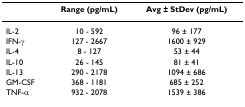
|  | Range (pg/mL) | Avg ± StDev (pg/mL) |
 | --- | --- | --- |
 | IL-2 | 10 - 592 | 96 ± 177 |
 | IFN-γ | 127 - 2667 | 1600 ± 929 |
 | IL-4 | 8 - 127 | 53 ± 44 |
 | IL-10 | 26 - 145 | 81 ± 41 |
 | IL-13 | 290 - 2178 | 1094 ± 686 |
 | GM-CSF | 368 - 1181 | 685 ± 252 |
 | TNF-α | 932 - 2078 | 1539 ± 386 |